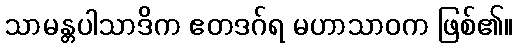
သာမန္တပါသာဒိက ဧတဒဂ်ရ မဟာသာဝက ဖြစ်၏။